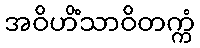
အဝိဟိံသာဝိတက္ကံ